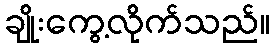
ချိုးကွေ့လိုက်သည်။